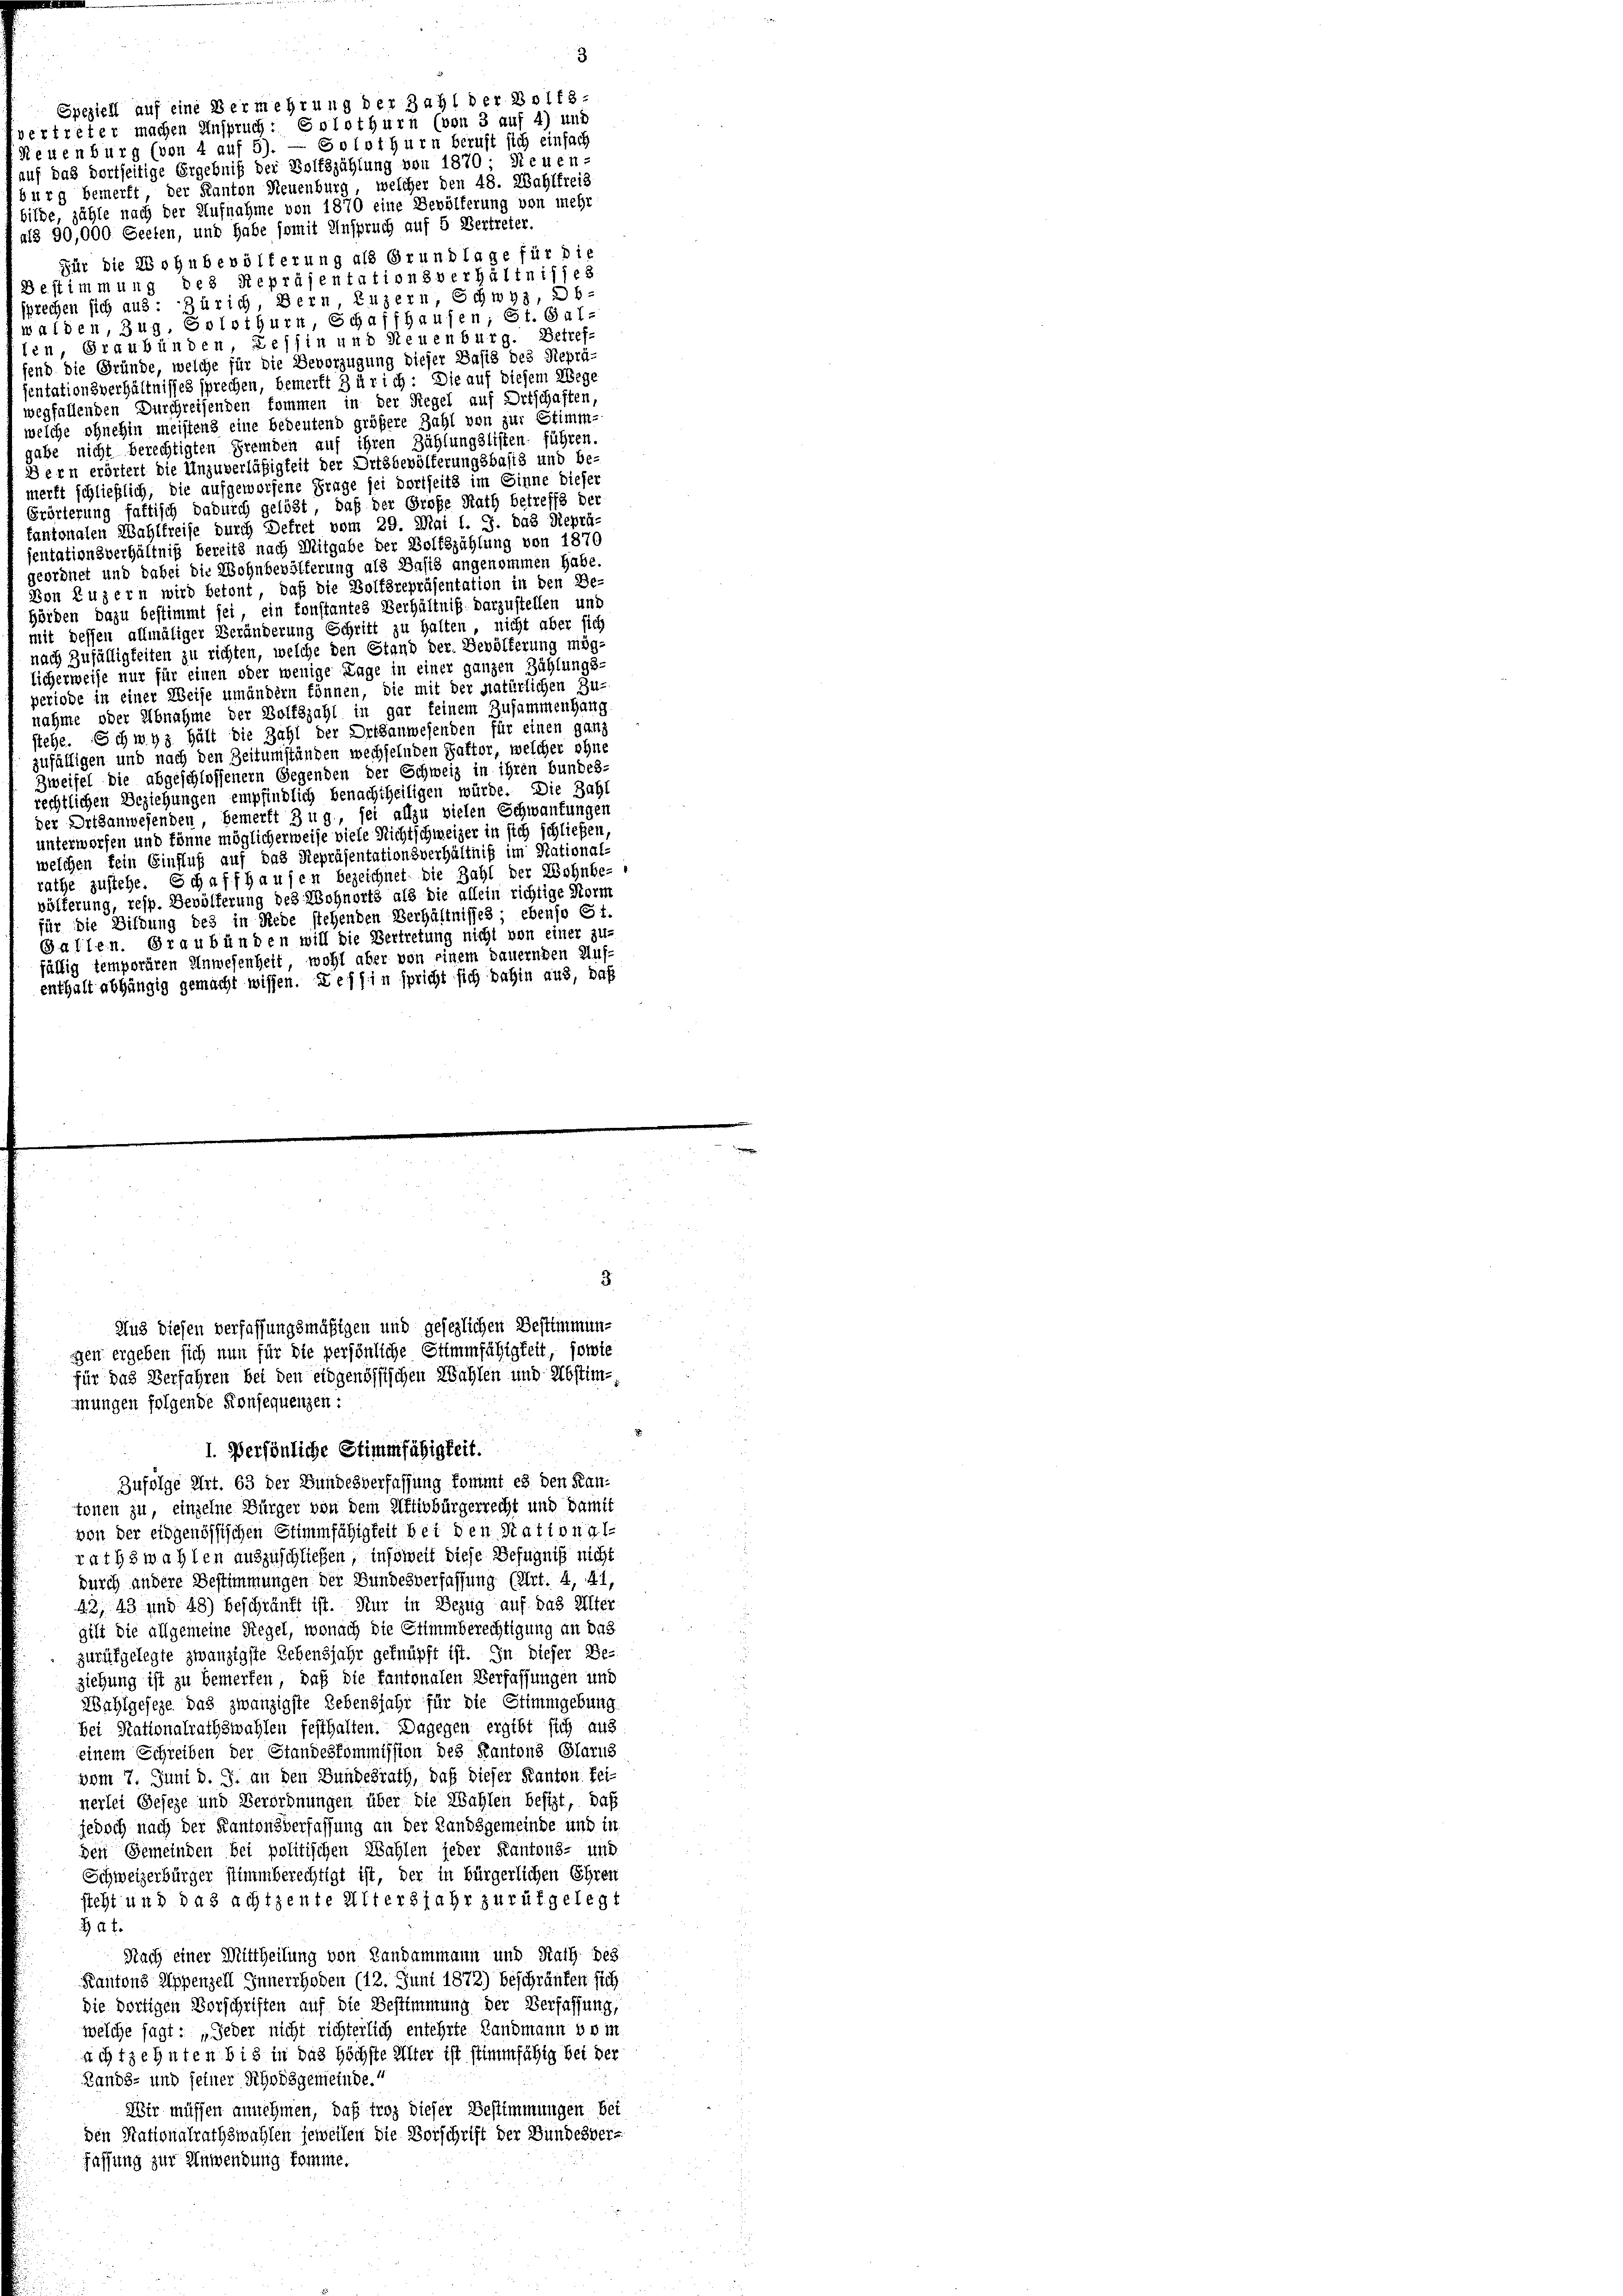
Neuenburg (von 4 auf 5). — Solothurn beruft sich einfach
auf das dortseitige Ergebniß der Boltszahlung von 1870; Neuen-
burg bemerkt, der Kanton Neuenburg, welcher den 48. Wahlfreis
bilde, zähle nach der Aufnahme von 1870 eine Bevölferung von mehr
ai§ 90,000 Seelen, und habe somit Anspruch auf 5 Vertreter.
Für die Wohnbevölkerung als Grundlage für die
Bestimmung des Repräsentationsverhältnisses
sprechen sich aus: Zürich, Bern, Luzern, Schwyz, Ob-
waiden, Zug, Solothurn, Schaffhausen; St. Gal-
ten, Graubünden, Tessin und Steuenburg. Betrefend die Gründe, welche für die Bevorzugung dieser Basis des Reprä-
sentationsverhältnisses sprechen, bemerkt 3 ür ich: Die auf diesem Wege
wegfallenden Durchreisenden kommen in der Regel auf Ortschaften,
welche ohnehin meistens eine bedeutend größere Zahl von zur Stimm-
gabe nicht berechtigten Fremden auf ihren Zählungslisten führen.
Bern erörtert die Unzuverläßigkeit der Ortsbevölferungsbasis und be-
merkt schließlich, die aufgeworfene Frage sei dortseits im Sinne dieser
Grörterung fattisch dadurch gelöst, daß der Große Rath betreffs der
tantonalen Wahlkreise durch Dekret vom 29. Mai l. J. das Reprä-
jentationsverhältniß bereits nach Mitgabe der Bolfszählung von 1876
geordnet und dabei die Wohnbevölferung als Basis angenommen habe.
Von Luzern wird betont, daß die Boltèrepräsentation in den Be-
Hörden dazu bestimmt sei, ein konstantes Verhältnis darzustellen und
mit dessen allmäliger Veränderung Schritt zu halten, nicht aber sich
nach Zufälligkeiten zu richten, welche den Stand der Bevölferung mög-
licherweise nur für einen oder wenige Lage in einer ganzen Zählungs-
periode in einer Weise umändern können, die mit der natürlichen Zu
nahme oder Abnahme der Bolfszahl in gar feinem Zusammenhang
stehe. Schmus hält die Zahl der Ortsanwesenden für einen ganz
zufälligen und nach den Zeitumständen wechselnden Faktor, welcher ohne
Zweifel die abgeschlossener Gegenden der Schweiz in ihren bundes-
rechtlichen Beziehungen empfindlich benachtheiligen würde. Die Zahl
der Ortsanwesenden, bemerkt Zug, sei allzu vielen Schwantungen
unterworfen und könne möglicherweise viele Richtschweizer in sich schließen,
welchen fein Einfluß auf das Repräsentationsverhältniß im National-
rathe zustehe. Schaffhausen bezeichnet die Zahl der Wohnbe-
völferung, resp. Bevölferung des Wohnorts als die allein richtige Norm
für die Bildung des in Rede stehenden Verhältnisses; ebenso 61.
Gallen. Graubünden will die Vertretung nicht von einer zu-
fällig temporären Anwesenheit, wohl aber von einem bauernden Auf-
enthalt abhängig gemacht wissen. Tessin spricht sich dahin aus, daß

Speziell auf eine Bermehrung der Zahl der Bolf.

I. Persönliche Stimmfähigkeit.
Zufolge Art. 63 der Bundesverfassung kommt es den Kantonen zu, einzelne Bürger von dem Uffivbürgerrecht und Damit
von der eidgenössischen Stimmfähigkeit bei den Stational-
rathswahlen auszuschließen, insoweit diese Befugniß nicht
durch andere Bestimmungen der Bundesverfassung (Art. 4, 41,
42, 43 und 48) beschränft ist. Nur in Bezug auf das Alter
gilt die allgemeine Regel, wonach die Stimmberechtigung an das
zurükgelegte zwanzigste Lebensjahr geknüpft ist. In dieser Be-
ziehung ist zu bemerken, daß die kantonalen Verfassungen und
Wahlgeseze, das zwanzigste Lebensjahr für die Stimmgebung
Bei Nationalrathswahlen festhalten. Dagegen ergibt sich aus
einem Schreiben der Standeskommission des Kantons Glarus
vom 7. Juni d. J. an den Bundesrath, daß dieser Kanton feinerlei Geseze und Verordnungen über die Wahlen besizt, daß
jedoch nach der Kantonsverfassung an der Landsgemeinde und in
den Gemeinden bei politischen Wahlen jeder Kantons- und
Schweizerbürger stimmberechtigt ist, der in bürgerlichen Ehren
steht und das achtsente Altersjahr zurükgelegt
at.
Nach einer Mittheilung von Landammann und Rath des
Kantons Appenzell Innerrhoden (12. Juni 1872) beschränken sich
Sie dortigen Vorschriften auf die Bestimmung der Verfassung,
welche sagt: „Jeder nicht richterlich entehrte Landmann vom
achtzehnten bis in das höchste Alter ist stimmfähig bei der
Bands- und seiner Rhodsgemeinde.
Wir müssen annehmen, daß troz dieser Bestimmungen bei
den Nationalrathswahlen jeweilen die Vorschrift der Bundesver-
fassung zur Anwendung komme.

vertreter machen Anspruch: Solothurn (von 3 auf 4) und

3

3
Aus diesen verfassungsmäßigen und gesezlichen Bestimmungen ergeben sich nun für die persönliche Stimmfähigkeit, sowie
für das Verfahren bei den eidgenössischen Wahlen und Abstimmungen folgende Konsequenzen: